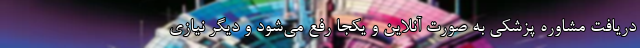
دریافت مشاوره پزشکی به صورت آنلاین و یکجا رفع می‌شود و دیگر نیازی